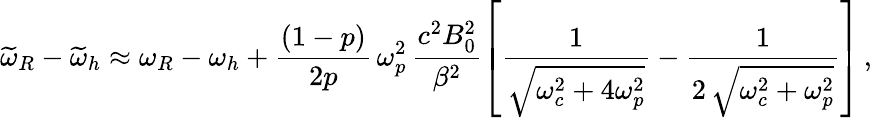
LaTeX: \widetilde{\omega}_{R}-\widetilde{\omega}_{h}\approx\omega_{R}-\omega_{h}+\frac{(1-p)}{2p}\, \omega_{p}^{2}\, \frac{c^{2}B_{0}^{2}}{\beta^{2}}\left[\frac{1}{\sqrt{\omega_{c}^{2}+4\omega_{p}^{2}}}-\frac{1}{2\, \sqrt{\omega_{c}^{2}+\omega_{p}^{2}}}\right]\, ,